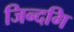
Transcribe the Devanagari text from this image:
जिन्दगि